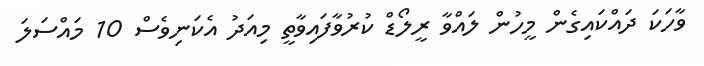
ވާހަކަ ދައްކައިގެން މީހުން ލައްވާ ރީލޯޑް ކުރުވާފައިވާތީ މިއަދު އެކަނިވެސް 10 މައްސަލަ